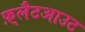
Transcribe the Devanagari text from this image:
फ़्लैटआउट